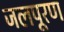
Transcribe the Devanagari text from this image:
जलपूरण